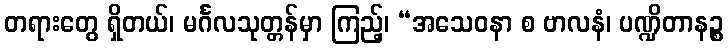
တရားတွေ ရှိတယ်၊ မင်္ဂလသုတ္တန်မှာ ကြည့်၊ “အသေဝနာ စ ဗာလနံ၊ ပဏ္ဍိတာနဉ္စ